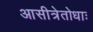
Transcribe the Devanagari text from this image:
आसीत्रेतोधाः